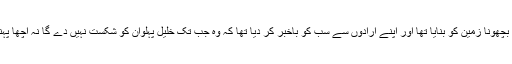
بابا سلطان نے جب سے اپنا بچھونا زمین کو بنایا تھا اور اپنے ارادوں سے سب کو باخبر کر دیا تھا کہ وہ جب تک خلیل پہلوان کو شکست نہیں دے گا نہ اچھا پہنے گا نہ بستر پر سوئے گا۔